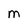
Character: M